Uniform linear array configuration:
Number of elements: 24
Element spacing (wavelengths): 1
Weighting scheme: kaiser
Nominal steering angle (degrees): -60
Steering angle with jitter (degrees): -59.469
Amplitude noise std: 0.05
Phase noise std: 0.05

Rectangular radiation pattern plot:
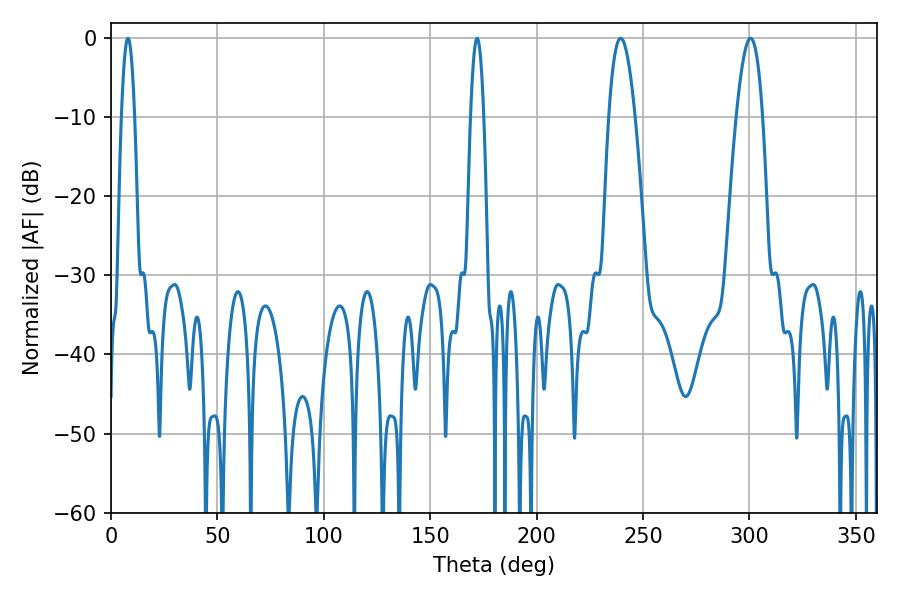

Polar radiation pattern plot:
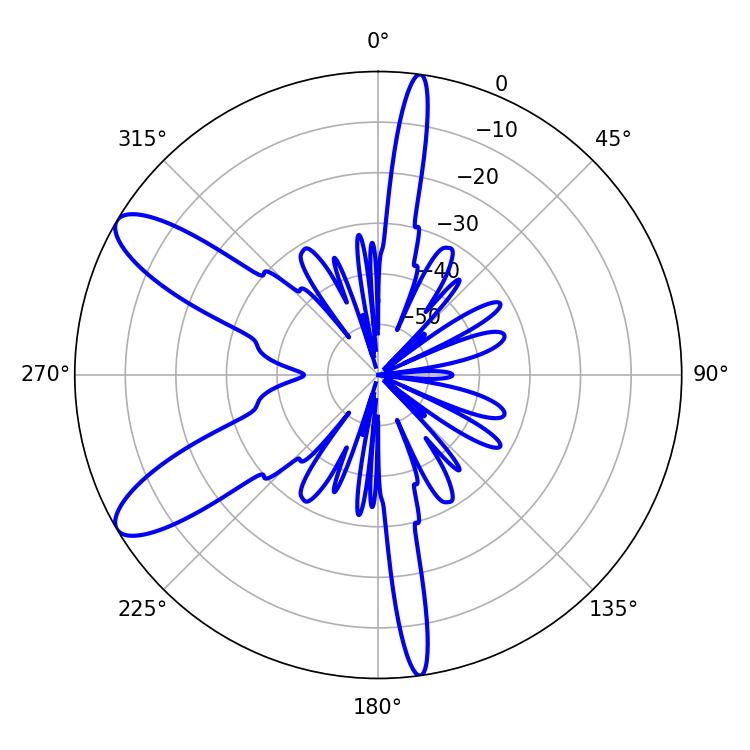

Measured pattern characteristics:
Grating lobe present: TRUE
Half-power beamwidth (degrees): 6.66
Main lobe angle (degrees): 239.4